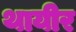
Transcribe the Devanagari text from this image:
थायीर